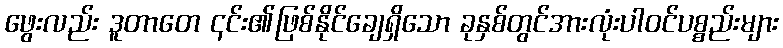
ဖွေးလည်း ဒူတာတေ ၎င်း၏ဖြစ်နိုင်ချေရှိသော ခုနှစ်တွင်အားလုံးပါဝင်ပစ္စည်းများ